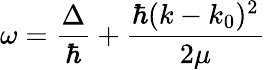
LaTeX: \omega=\frac{\Delta}{\hbar}+\frac{\hbar(k-k_{0})^{2}}{2\mu}